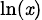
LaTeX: \scriptstyle\ln(\mathit{x})